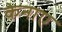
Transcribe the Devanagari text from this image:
केनाए